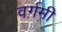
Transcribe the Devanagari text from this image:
वर्गमी